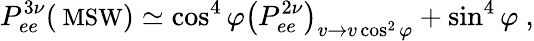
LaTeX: P_{ee}^{3\nu}(\mathrm{\small~MSW})\simeq\cos^{4}{\varphi}\left(P_{ee}^{2\nu}\right)_{v\to v\cos^{2}\varphi}+\sin^{4}{\varphi}\ ,